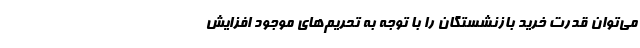
می‌توان قدرت خرید بازنشستگان را با توجه به تحریم‌های موجود افزایش